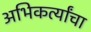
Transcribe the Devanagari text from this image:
अभिकर्त्यांचा